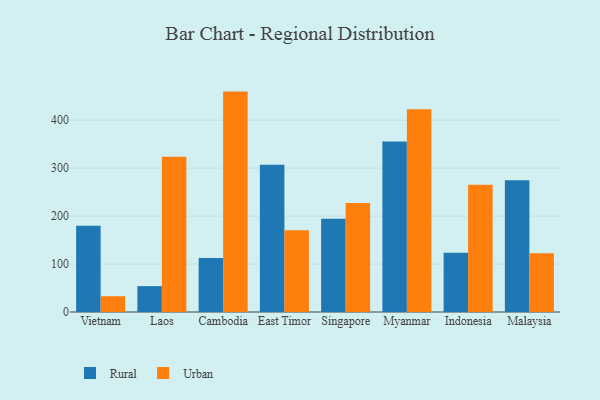
{"axis": {"x": "Country", "y": "Humidity (%)"}, "legend": ["Rural", "Urban"], "data": [{"x": "Vietnam", "y": 180.0, "type": "Rural"}, {"x": "Vietnam", "y": 32.9, "type": "Urban"}, {"x": "Laos", "y": 53.9, "type": "Rural"}, {"x": "Laos", "y": 323.5, "type": "Urban"}, {"x": "Cambodia", "y": 112.7, "type": "Rural"}, {"x": "Cambodia", "y": 459.6, "type": "Urban"}, {"x": "East Timor", "y": 306.9, "type": "Rural"}, {"x": "East Timor", "y": 170.5, "type": "Urban"}, {"x": "Singapore", "y": 194.7, "type": "Rural"}, {"x": "Singapore", "y": 227.5, "type": "Urban"}, {"x": "Myanmar", "y": 355.8, "type": "Rural"}, {"x": "Myanmar", "y": 422.7, "type": "Urban"}, {"x": "Indonesia", "y": 123.4, "type": "Rural"}, {"x": "Indonesia", "y": 265.3, "type": "Urban"}, {"x": "Malaysia", "y": 274.9, "type": "Rural"}, {"x": "Malaysia", "y": 122.7, "type": "Urban"}]}